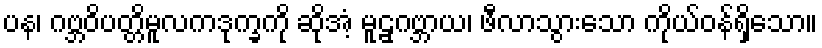
ပန၊ ဂဗ္ဘဝိပတ္တိမူလကဒုက္ခကို ဆိုအံ့ မူဠှဂဗ္ဘာယ၊ ဖီလာသွားသော ကိုယ်ဝန်ရှိသော။